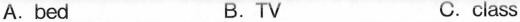
A. bed B.TV C. class